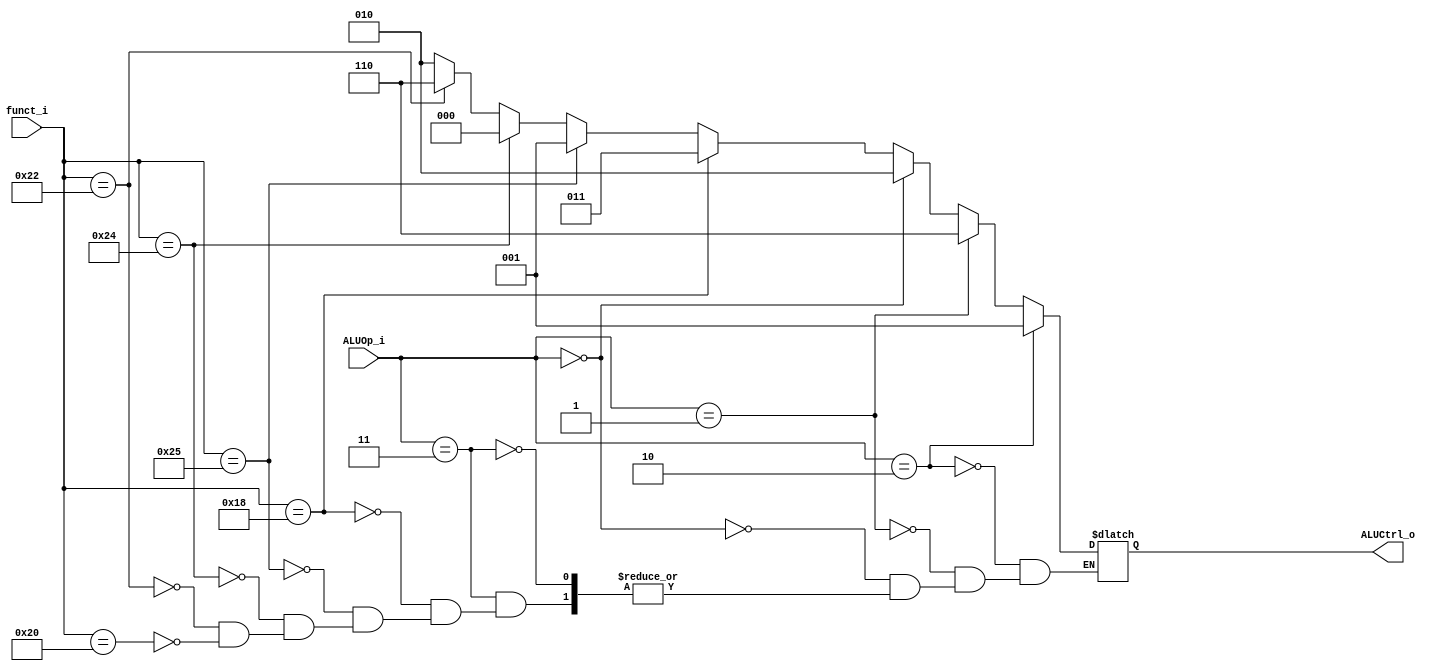
module ALU_Control
(
	funct_i,
	ALUOp_i,
	ALUCtrl_o
);

input [5:0] funct_i;
input [1:0] ALUOp_i;
output [2:0] ALUCtrl_o;
reg ALUCtrl_o;
always@(funct_i or ALUOp_i)
begin
	if(ALUOp_i == 2'b11) //R type
	begin
		if(funct_i == 6'b100000) // add
		begin
			ALUCtrl_o <= 3'b010;
		end
		if(funct_i == 6'b100010) // sub
		begin
			ALUCtrl_o <= 3'b110;
		end
		if(funct_i == 6'b100100) // and
		begin
			ALUCtrl_o <= 3'b000;
		end
		if(funct_i == 6'b100101) // or
		begin
			ALUCtrl_o <= 3'b001;
		end
		if(funct_i == 6'b011000) // mul
		begin
			ALUCtrl_o <= 3'b011;
		end
	end
	if(ALUOp_i == 2'b00) //add(lw sw addi)
	begin
		ALUCtrl_o <= 3'b010;
	end
	if(ALUOp_i == 2'b01) //beq(sub)
	begin
		ALUCtrl_o <= 3'b110;
	end
	if(ALUOp_i == 2'b10) //or(ori)
	begin
		ALUCtrl_o <= 3'b001;
	end

end
endmodule